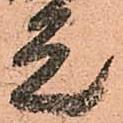
元